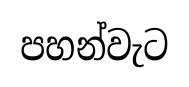
පහන්වැට